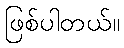
ဖြစ်ပါတယ်။